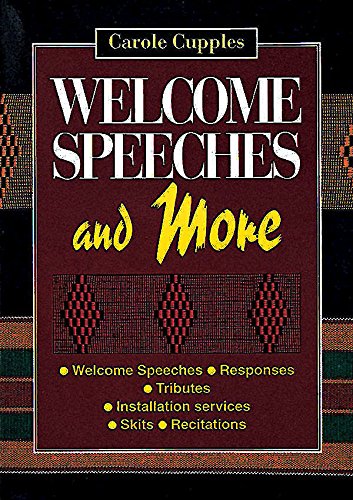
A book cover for Welcome Speeches and More; Carole Cupples; Literature & Fiction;